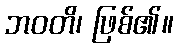
ဘဝတိ၊ ဖြစ်၏။